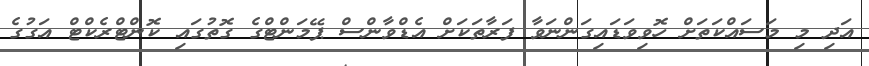
އަދި މި މަސައްކަތަށް ހޮވިވަޑައިގަންނަވާ ފަރާތަކަށް އެޑްވާންސް ޕޭމަންޓްގެ ގޮތުގައި ކޮންޓްރެކްޓް އަގުގެ